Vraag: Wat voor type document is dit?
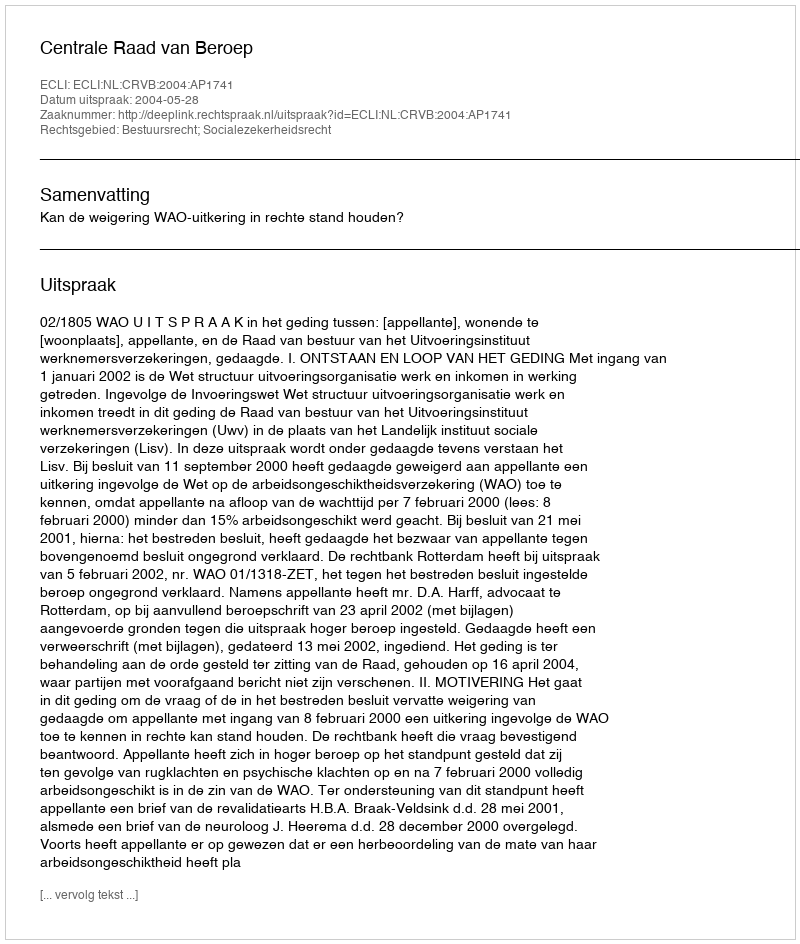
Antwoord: Uitspraak